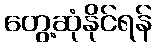
တွေ့ဆုံနိုင်ရန်